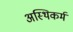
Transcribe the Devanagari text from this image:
अस्थिकर्म